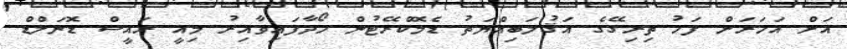
އަށް އަހަރަށް ފަހު ތިރިގޭގެ އަޤުލަބިއްޔަތު ޑެމޮކްރޭޓުން ހޯދާފައިވާއިރު މިއީ ރައީސް ޑޮނަލްޑް